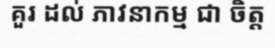
គួរ ដល់ ភាវនាកម្ម ជា ចិត្ត